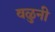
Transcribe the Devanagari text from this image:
वळुनी